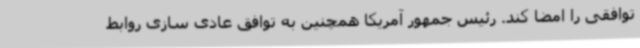
توافقی را امضا کند. رئیس جمهور آمریکا همچنین به توافق عادی سازی روابط